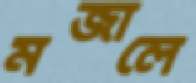
মজালে